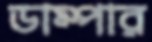
ডাম্পার